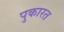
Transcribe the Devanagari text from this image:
पुकारत